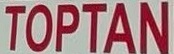
TOPTAN